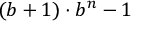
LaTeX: ( b + 1 ) \cdot b ^ { n } - 1